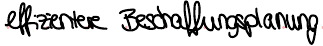
effizientere Beschaffungsplanung